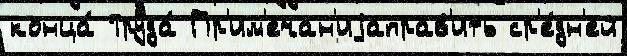
конца́ Труда́ Пр'им'ечан'иjаправ'ить ср'е́дн'ей